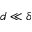
d \ll \delta